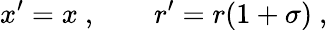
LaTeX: x^{\prime}=x~,\qquad r^{\prime}=r(1+\sigma)~,